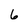
Character: 6